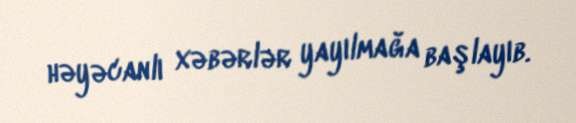
həyəcanlı xəbərlər yayılmağa başlayıb.